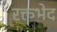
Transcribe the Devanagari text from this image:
रक्तभेद